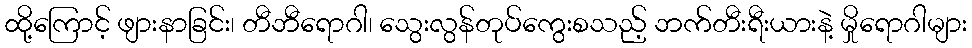
ထို့ကြောင့် ဖျားနာခြင်း၊ တီဘီရောဂါ၊ သွေးလွန်တုပ်ကွေးစသည့် ဘက်တီးရီးယားနဲ့ မှိုရောဂါများ